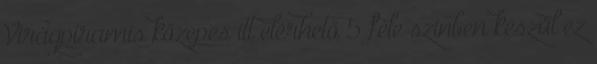
Virágpiramis közepes itt elérhető 5 féle színben készül ez